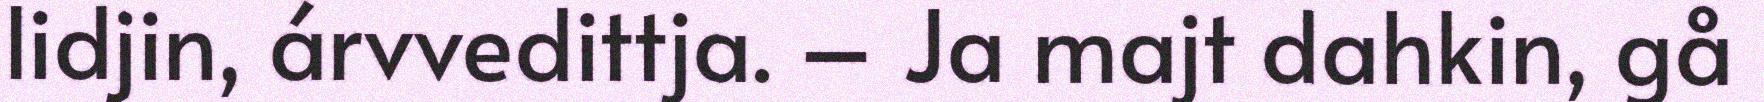
lidjin, árvvedittja. – Ja majt dahkin, gå